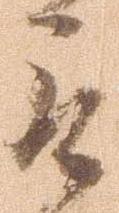
取